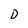
Character: D